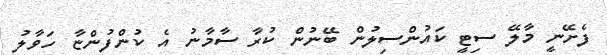
ފެށޭނީ މާލޭ ސިޓީ ކައުންސިލުން ބޭނުން ކުރާ ސާމާނު އެ ކުންފުންޏާ ހަވާލު